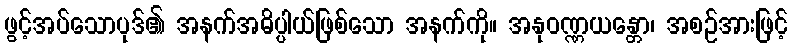
ဖွင့်အပ်သောပုဒ်၏ အနက်အဓိပ္ပါယ်ဖြစ်သော အနက်ကို။ အနုဝဏ္ဏယန္တော၊ အစဉ်အားဖြင့်